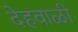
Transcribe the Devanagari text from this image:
देहवाळी